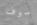
سوف